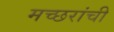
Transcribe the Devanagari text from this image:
मच्छरांची